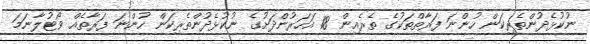
ނުކުޅެދުންތެރިކަން ހުންނަ ފަރާތްތަކުގެ ތެރެއިން 18 އަހަރުންދަށުގެ ނުކުޅެދުންތެރިކަން ހުންނަ ފަރާތެއް ވޯޓުލާނަމަ